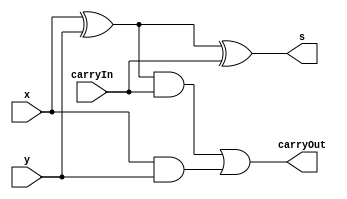
// -------------------------
// Exemplo00043
// Nome: Samuel Eusbio da Silva
// -------------------------

// ------------------------- 
// Full adder 
// ------------------------- 

module FullAdder(s, carryOut, x, y, carryIn);
  output s, carryOut;
  input x, y, carryIn;
  wire a, b, c;

//-- portas 
  xor (a, x, y);
  xor (s, a, carryIn);   
  and (b, x, y);
  and (c, a, carryIn);
  or (carryOut, c, b);
  
endmodule //--FullAdder

// ------------------------- 
// somador
// ------------------------- 

module somador(s, carryOut, x, y, carryIn);
  output [3:0] s;
  output carryOut;
  input  [3:0] x, y;
  input carryIn;
  
  wire c1, c2, c3, z1, z2, z3, z4, z5;
  
  //--portas 
  xor (z1, y[0] , carryIn);
  xor (z2, y[1] , carryIn);
  xor (z3, y[2] , carryIn);
  xor (z4, y[3] , carryIn);
  FullAdder FULLADDER0(s[0], c1, x[0], z1, carryIn);
  FullAdder FULLADDER1(s[1], c2, x[1], z2, c1);
  FullAdder FULLADDER2(s[2], c3, x[2], z3, c2);
  FullAdder FULLADDER3(s[3], z5, x[3], z4, c3);
  xor (carryOut, z5 , carryIn);
  
endmodule //--somador

 module verificarSeE0(output s , input [3:0] a);
 
 wire tmp0,tmp1,tmp2,tmp3;
 
 nor NOR0( tmp0 , 0 , a[0]);
 nor NOR1( tmp1 , 0 , a[1]);
 nor NOR2( tmp2 , 0 , a[2]);
 nor NOR3( tmp3 , 0 , a[3]);
 
 assign s = tmp0 & tmp1 & tmp2 & tmp3;
 
endmodule //-- FIm testa se e 0

module test_exemplo0048; 
// ------------------------- definir dados 
reg [3:0] x; 
reg [3:0] y; 
reg carry; 
wire [3:0] soma;
wire overflow , resp; 

somador SOMADOR0(soma, overflow, x, y, carry);

//-- VErificar se o resultado e 0
verificarSeE0 VERIFICAR0(resp, soma);

// ------------------------- parte principal 
  initial
  begin
  $display("Exemplo0048 - Samuel Eusbio da Silva - 435055"); 
  
  //--Testes
  $monitor($time," x = %b y = %b carryIn = %b overflow = %b soma = %b *** Verificacao se e 0 : %b\n",x, y, carry,overflow,soma,resp );
  end
  
  // Entradas
  initial
  begin
  x = 4'b0010;y = 4'b0100; carry = 1'b0;


  #5 x = 4'b0001;y = 4'b1111;
  #5 x = 4'b0011;y = 4'b1011;
  #5 x = 4'b0001;y = 4'b1011;
  #5 x = 4'b0001;y = 4'b1011;
  
   #5 x = 4'b0010;y = 4'b0100;carry = 1'b1;
   #5 x = 4'b1001;y = 4'b1111;
   #5 x = 4'b0011;y = 4'b1011;
   #5 x = 4'b0101;y = 4'b1011;
   #5 x = 4'b1001;y = 4'b1011;

  end
endmodule // --test